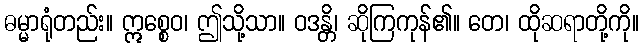
ဓမ္မာရုံတည်း။ ဣစ္စေဝ၊ ဤသို့သာ။ ဝဒန္တိ၊ ဆိုကြကုန်၏။ တေ၊ ထိုဆရာတို့ကို။